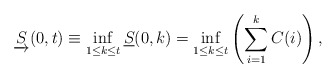
\begin{align*} \underrightarrow{S}(0,t) \equiv \inf_{1\le k\le t} \underline{S}(0,k) = \inf_{{1}\le{k}\le{t}}\left(\sum\limits_{i=1}\limits^{k}{C(i)}\right),\end{align*}